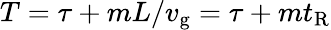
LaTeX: T=\tau+mL/v_{\mathrm{g}}=\tau+mt_{\mathrm{R}}